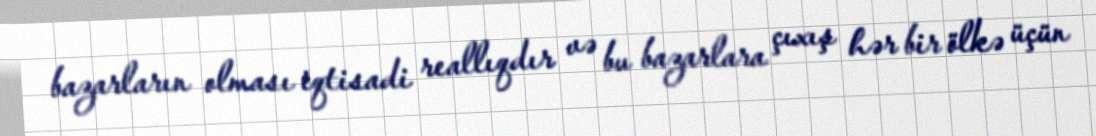
bazarların olması iqtisadi reallıqdır və bu bazarlara çıxış hər bir ölkə üçün